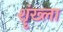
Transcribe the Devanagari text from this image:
शॄंख्ला